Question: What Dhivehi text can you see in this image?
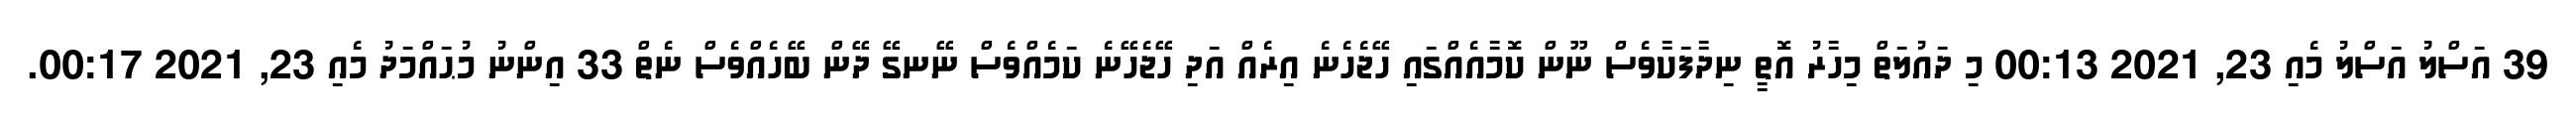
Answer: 39 އަސްލު އަސްލު މެއި 23, 2021 00:13 މި ދައުލަތް މިހާރު އޮތީ ނިދާފަކާވެސް ނޫން ކޮމާއެއްގައި ހޭޖެހެނެ އިރެއް އަދި ހޭޖެހޭނެ ކަމެއްވެސް ނޭނގޭ ދޭން ބޭހެއްވެސް ނެތް 33 އިންނު މުޙައްމަދު މެއި 23, 2021 00:17.